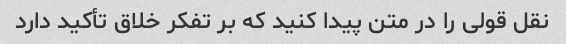
نقل قولی را در متن پیدا کنید که بر تفکر خلاق تأکید دارد